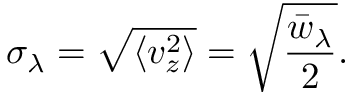
\sigma _ { \lambda } = \sqrt { \langle v _ { z } ^ { 2 } \rangle } = \sqrt { \frac { \bar { w } _ { \lambda } } { 2 } } .